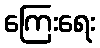
ကြေးရေး